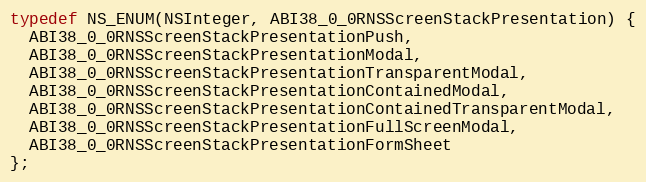
Language: C
typedef NS_ENUM(NSInteger, ABI38_0_0RNSScreenStackPresentation) {
  ABI38_0_0RNSScreenStackPresentationPush,
  ABI38_0_0RNSScreenStackPresentationModal,
  ABI38_0_0RNSScreenStackPresentationTransparentModal,
  ABI38_0_0RNSScreenStackPresentationContainedModal,
  ABI38_0_0RNSScreenStackPresentationContainedTransparentModal,
  ABI38_0_0RNSScreenStackPresentationFullScreenModal,
  ABI38_0_0RNSScreenStackPresentationFormSheet
};